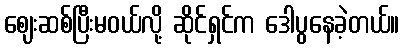
ဈေးဆစ်ပြီးမဝယ်လို့ ဆိုင်ရှင်က ဒေါပွနေခဲ့တယ်။